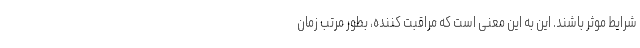
شرایط موثر باشند. این به این معنی است که مراقبت کننده، بطور مرتب زمان